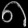
Digit: ၈